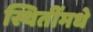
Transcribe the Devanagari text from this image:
स्थितींमधे